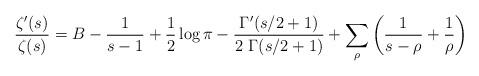
LaTeX: \begin{align*} \frac{\zeta'(s)}{\zeta(s)}=B-\frac{1}{s-1}+\frac{1}{2}\log \pi -\frac{\Gamma'(s/2+1)}{2\ \Gamma(s/2+1)}+\sum_{\rho} \left(\frac{1}{s-\rho}+\frac{1}{\rho}\right) \end{align*}